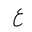
Letter: _ayn